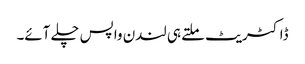
ڈاکٹریٹ ملتے ہی لندن واپس چلے آئے۔